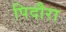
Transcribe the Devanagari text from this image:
पिदौरा